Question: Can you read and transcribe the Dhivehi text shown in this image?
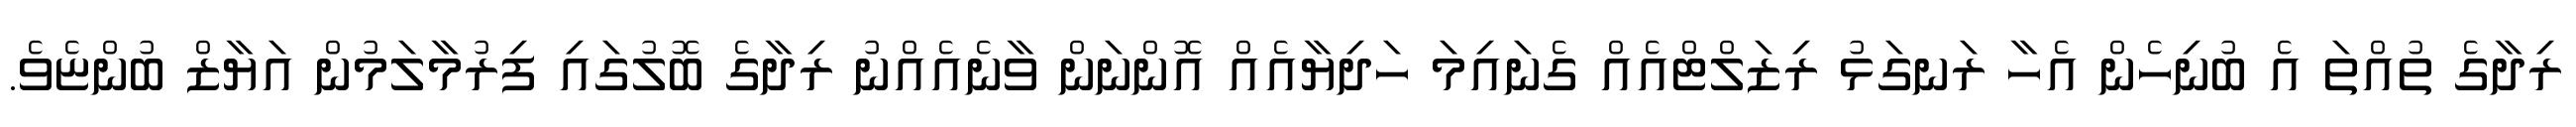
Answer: ރިދާގެ ތުއްތަ އެ ބުނިހެން އެހާ ރަނގަޅު ރިޒަލްޓްއެއް ގެނައިމަ ހަދިޔާއެއް އޮންނަން ވާނެއެއްނު ރިދާގެ ބޮލުގައި ފިރުމާލަމުން އަޔާޒް ބުންޏެވެ.